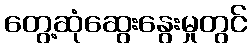
တွေ့ဆုံဆွေးနွေးမှုတွင်